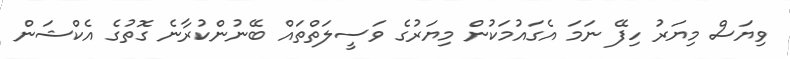
ވިޔަސް މިޔަރު ހިފޭ ނަމަ އެގައުމަކުން މިޔަރުގެ ވަސީލަތްތައް ބޭނުންކުރާނެ ގޮތުގެ އެކްޝަން